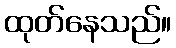
ထုတ်နေသည်။